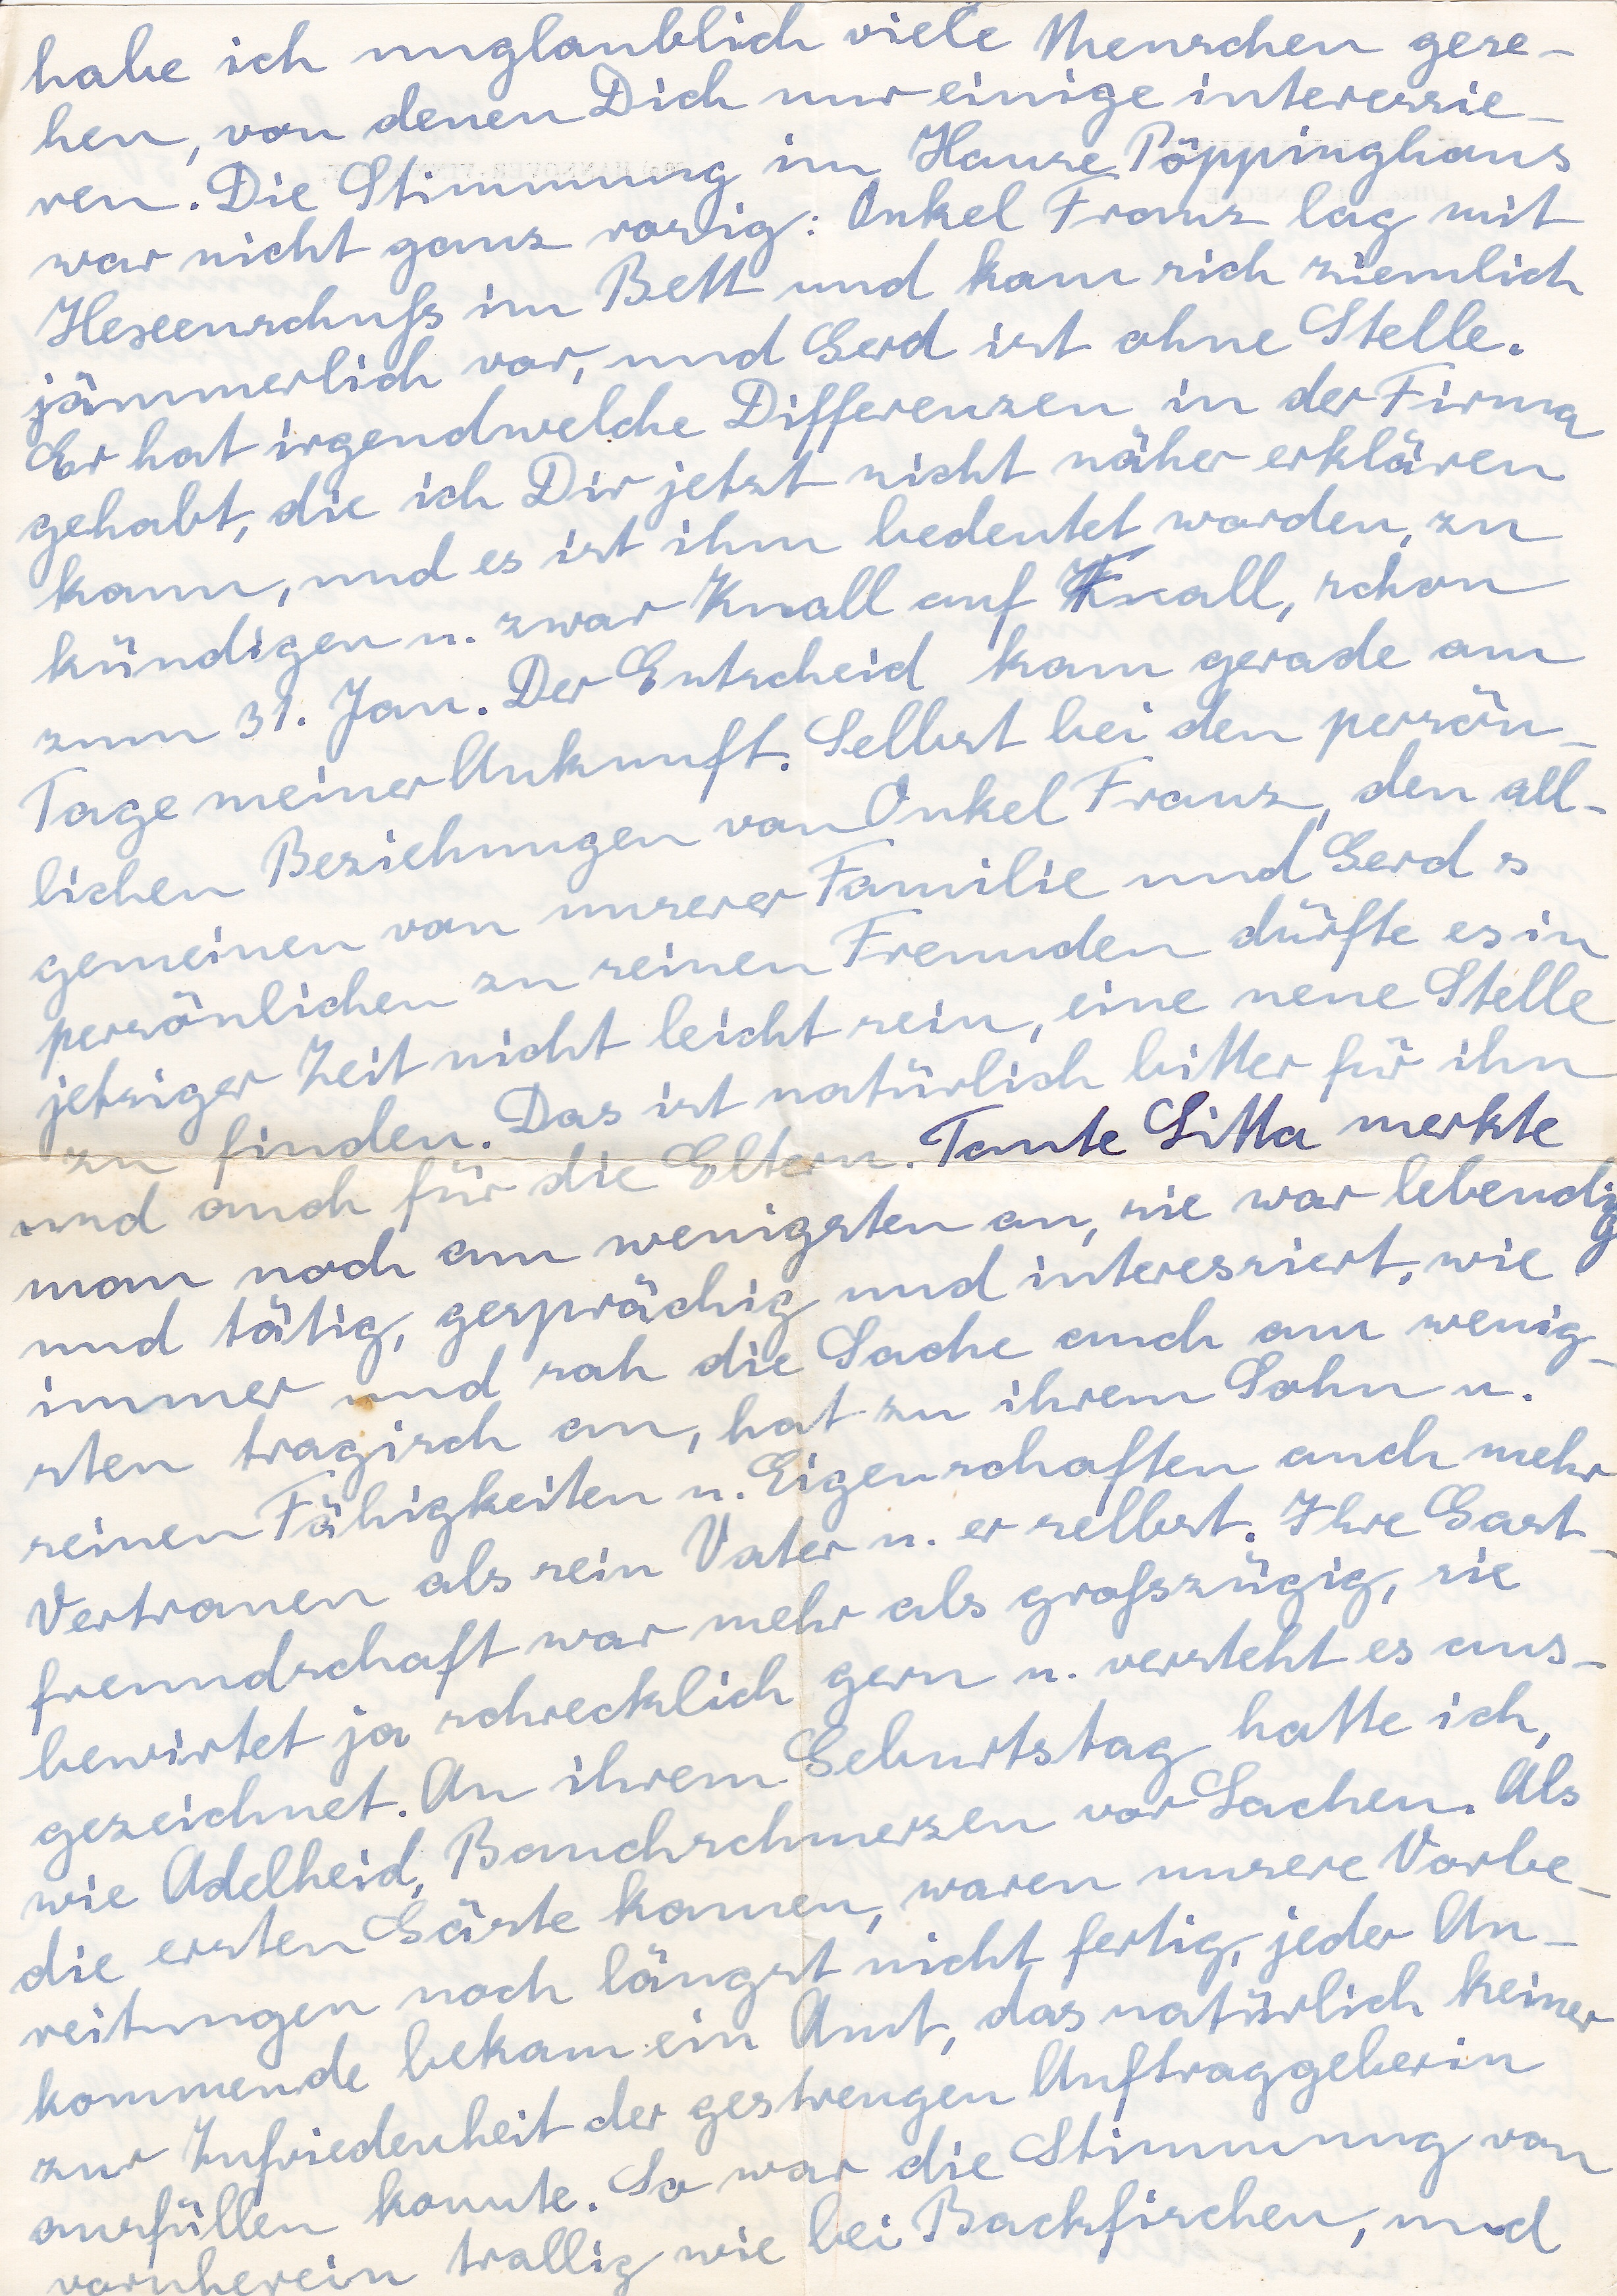
habe ich unglaublich viele Menschen gese
hen, von denen Dich nur einige interessier
ren. Die Stimmung im Hause Pöppinghaus
war nicht ganz rosig: Onkel Franz lag mit
Hexenschuß im Bett und kam sich ziemlich
jämmerlich vor, und Gerd ist ohne Stelle.
Er hat irgendwelche Differenzen in der Firma
gehabt, die ich Dir jetzt nicht näher erklären
kann, und es ist ihm bedeutet worden, zu
kündigen u. zwar Knall auf Fall, schon
zum 31. Jan. Der Entscheid kam gerade am
Tage meiner Ankunft. Selbst bei den persön
lichen Beziehungen von Onkel Franz, den all
gemeinen von unserer Familie und Gerds
persönlichen zu seinen Freunden dürfte es in
jetziger Zeit nicht leicht sein, eine neue Stelle
zu finden. Das ist natürlich bitter für ihn
und auch für die Eltern . Tante Litta merkte
man noch am wenigsten an, sie war lebendig
und tätig, gesprächig und interessiert, wie
immer und sah die Sache auch am wenig
sten tragisch an, hat zu ihrem Sohn u.
seinen Fähigkeiten u. Eigenschaften auch mehr
Vertrauen als sein Vater u. er selbst. Ihre Gast
freundschaft war mehr als großzügig, sie
bewirtet ja schrecklich gern u. versteht es aus
gezeichnet. An ihrem Geburtstag hatte ich
wie Adelheid, Bauchschmerzen vor Lachen. Als
die ersten Gäste kamen, waren unsere Vorbe
reitungen noch längst nicht fertig, jeder An
kommende bekam ein Amt, das natürlich keiner
zur Zufriedenheit der gestrengen Auftraggeberin
ausfüllen konnte. So war die Stimmung von
vornherein trollig wie bei Backfischen, und